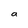
Character: a